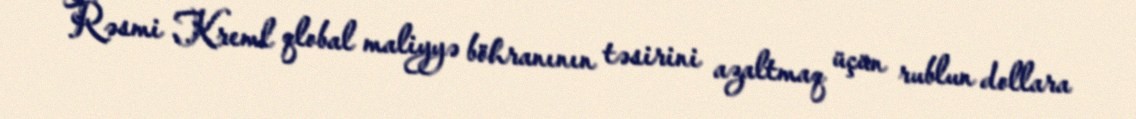
Rəsmi Kreml qlobal maliyyə böhranının təsirini azaltmaq üçün rublun dollara